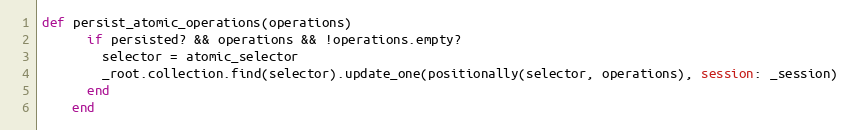
Language: Ruby
def persist_atomic_operations(operations)
      if persisted? && operations && !operations.empty?
        selector = atomic_selector
        _root.collection.find(selector).update_one(positionally(selector, operations), session: _session)
      end
    end